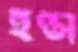
হণ্ডা